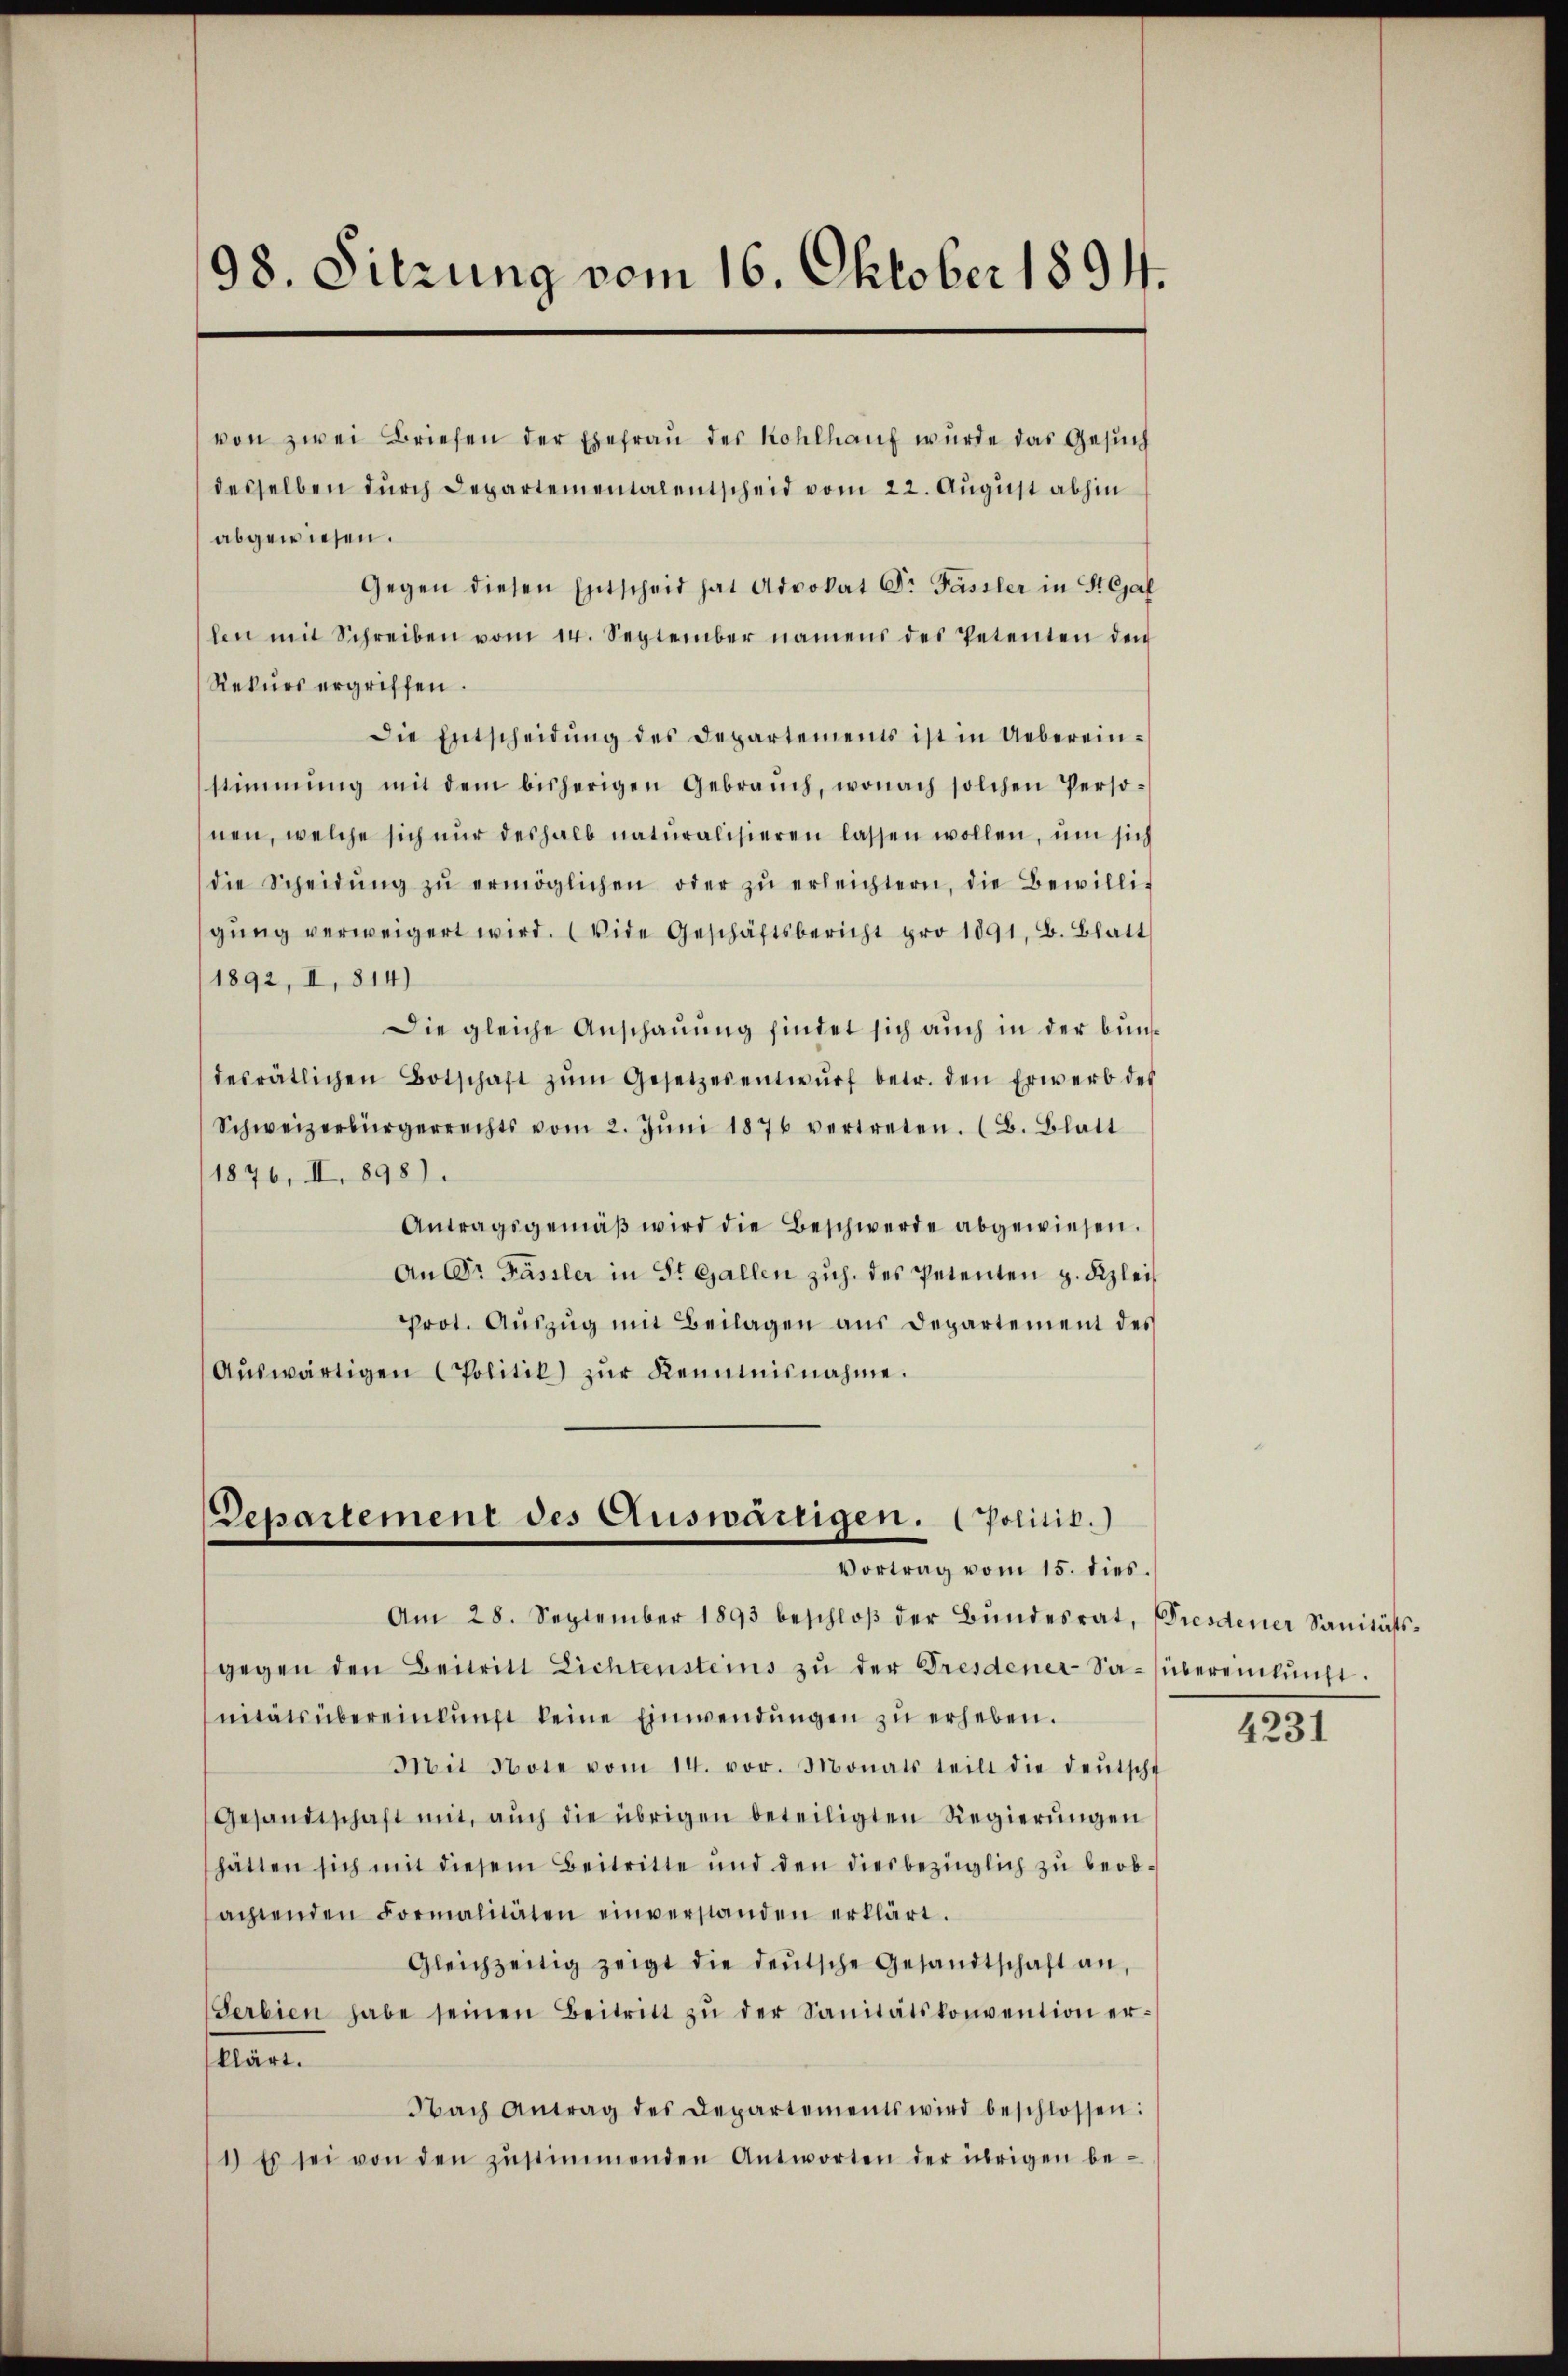
98. Sitzung vom 16. Oktober 1894.

von zwei Briefen der Ehefrau des Kohlhauf wurde das Gesuch
desselben durch Departementalentscheid vom 22. August abhin
abgewiesen.
Gegen diesen Entscheid hat Advokat Dr. Fassler in Stejal
len mit Schreiben vom 14. September namens des Petenten den
Rekŭrs ergriffen.
Die Entscheidŭng des Departements ist in Ueberein-
stimmung mit dem bisherigen Gebrauch, wonach solchen Perso-
nen, welche sich nŭr deshalb naturalisieren lassen wollen, um sich
die Scheidŭng zŭ ermöglichen oder zŭ erleichtern, die Bewilli-
gŭng verweigert wird. (vide Geschäftsbericht pro 1891, B. Blatt
1892, II, 814)
Die gleiche Anschauung findet sich auch in der bundesrätlichen Botschaft zŭm Gesetzesentwŭrf betr. den Erwerb des
Schweizerbürgerrechts vom 2. Jŭni 1876 vertreten. (B. Blatt
1876, II 898).
Antragsgemäβ wird die Beschwerde abgewiesen.
An Dr Fässler in St. Gallen zŭg. des Petenten z. Fizlei
Prot. Aŭszŭg mit Beilagen aus Departement des
Aŭswärtigen Politik zŭr Kenntnisnahme.

Departement des Auswärtigen. Politik.)
Vortrag vom 15. dies.

Am 28. September 1893 beschloβ der Bŭndesrat, Dresdener Sanitäts-
gegen den Beitritt Lichtensteins zu der Fresdener Sa-(übereinkunft.
nitätsübereinkunft keine Einwendungen zu erheben.
Mit Note vom 14. vor. Monats teilt die deŭtsche
Gesandtschaft mit, aŭch die übrigen beteiligten Regierŭngen
hätten sich mit diesem Beitritte und den diesbezüglich zŭ beob-
achtenden Formalitäten einverstanden erklärt.
Gleichzeitig zeigt die deŭtsche Gesandtschaft an,
Serbien habe seinen Beitritt zŭ der Sanitätskonvention erklärt.
Nach Antrag des Departements wird beschlossen:
1) Es sei von den zŭstimmenden Antworten der übrigen be-

4231